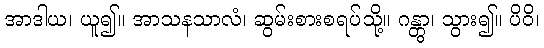
အာဒါယ၊ ယူ၍။ အာသနသာလံ၊ ဆွမ်းစားစရပ်သို့။ ဂန္တွာ၊ သွား၍။ ပိဝိ၊